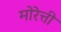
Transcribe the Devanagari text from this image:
मोरेत्ती